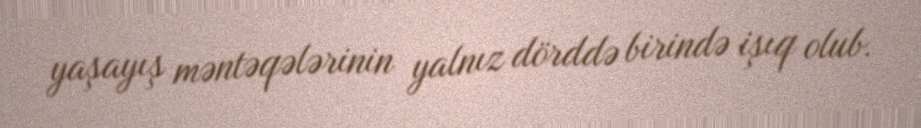
yaşayış məntəqələrinin yalnız dörddə birində işıq olub.